Civil Veterinary Dept. Assam report 1911-1927 - 1911-1927
Year: 1911
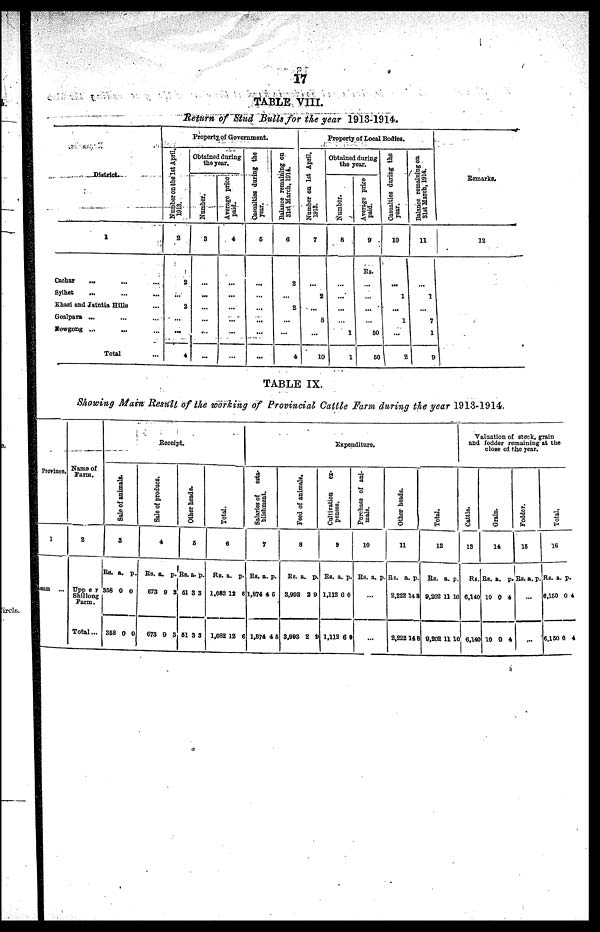
17
TABLE VIII.
Return of Stud Bulls for the year 1913-1914.
District.
1
Cachar ... .... ...
Sylhet ... ... ...
Khasi and Jaintia Hills ...
Goalpara ... ... ...
Nowgong ... ... ...
Total
Property of Government.
Number on the 1st April,
1913.
2
2
...
2
...
...
4
Obtained during
the year.
Number,
3
...
Average price
paid.
4
...
...
...
...
...
Casualties during the
year.
5
...
...
...
...
...
...
Balance remaining on
31st March, 1914.
6
2
2
...
4
Property of Local Bodies.
Number on 1st April,
1918.
7
...
2
...
8
...
10
Obtained during
the year.
Number.
8
...
...
1
1
Average price-
paid.
9
Rs.
...
50
50
Casualties during the
year.
10
...
1
...
1
...
2
Balance remaining on
31st March, 1914.
11
1
7
1
9
Remarks.
12
TABLE IX.
Showing Main, Result of the working of Provincial Cattle Farm during the year 1913-1914.
Province.
1
asam ...
Name of
Farm.
2
Upp e r
Shillong
Farm.
Total...
Receipt.
Sale of animals.
3
Rs.
358
358
a.
0
0
p.
0
0
Sal e of produce.
4
Rs.
673
673
a.
9
9
p.
3
3
Ot h
er heads.
5
Rs.
51
61
a.
3
3
p.
3
3
Total.
6
Rs.
1,082
1,082
a.
12
12
p.
6
6
Expenditure.
Salaries of esta-
bli
shment.
7
Rs.
1,874
1,87
a.
4
4 4
p.
5
5
Feed of animals.
8
Rs.
3,993
3,993
a. p
2
2
.
9
8
Cultivation ex-
penses
.
9
Rs.
1,112
1,11
a.
6
2 6
p.
0
Purchase of ani-
mals.
10
Rs. a. p.
.
..
Other heads.
11
Rs.
2,222
2,222
a.
1
1
p.
4 8
4 8
Total.
12
Rs.
9,202
9,202
a.
11
11
p
10
10
Valuation of stock grain
and fodder remaining at the
close of the year.
Cattle.
13
Rs.
6,140
6,140
Grain.
14
Rs.
10
10
a.
0
0
p.
4
4
Foddor.
15
Rs. a. p.
...
T
otal.
16
Rs.
6,15
6,15
a.
0 0
0 0
p.
4
4